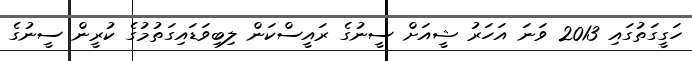
ހަގީގަތުގައި 2013 ވަނަ އަހަރު ޝީއަށް ސީނުގެ ރައީސްކަން ލިބިވަޑައިގަތުމުގެ ކުރީން ސީނުގެ